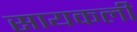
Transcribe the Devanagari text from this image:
सायकली